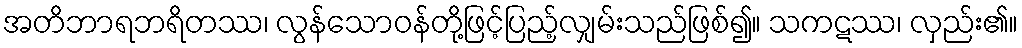
အတိဘာရဘရိတဿ၊ လွန်သောဝန်တို့ဖြင့်ပြည့်လျှမ်းသည်ဖြစ်၍။ သကဋဿ၊ လှည်း၏။